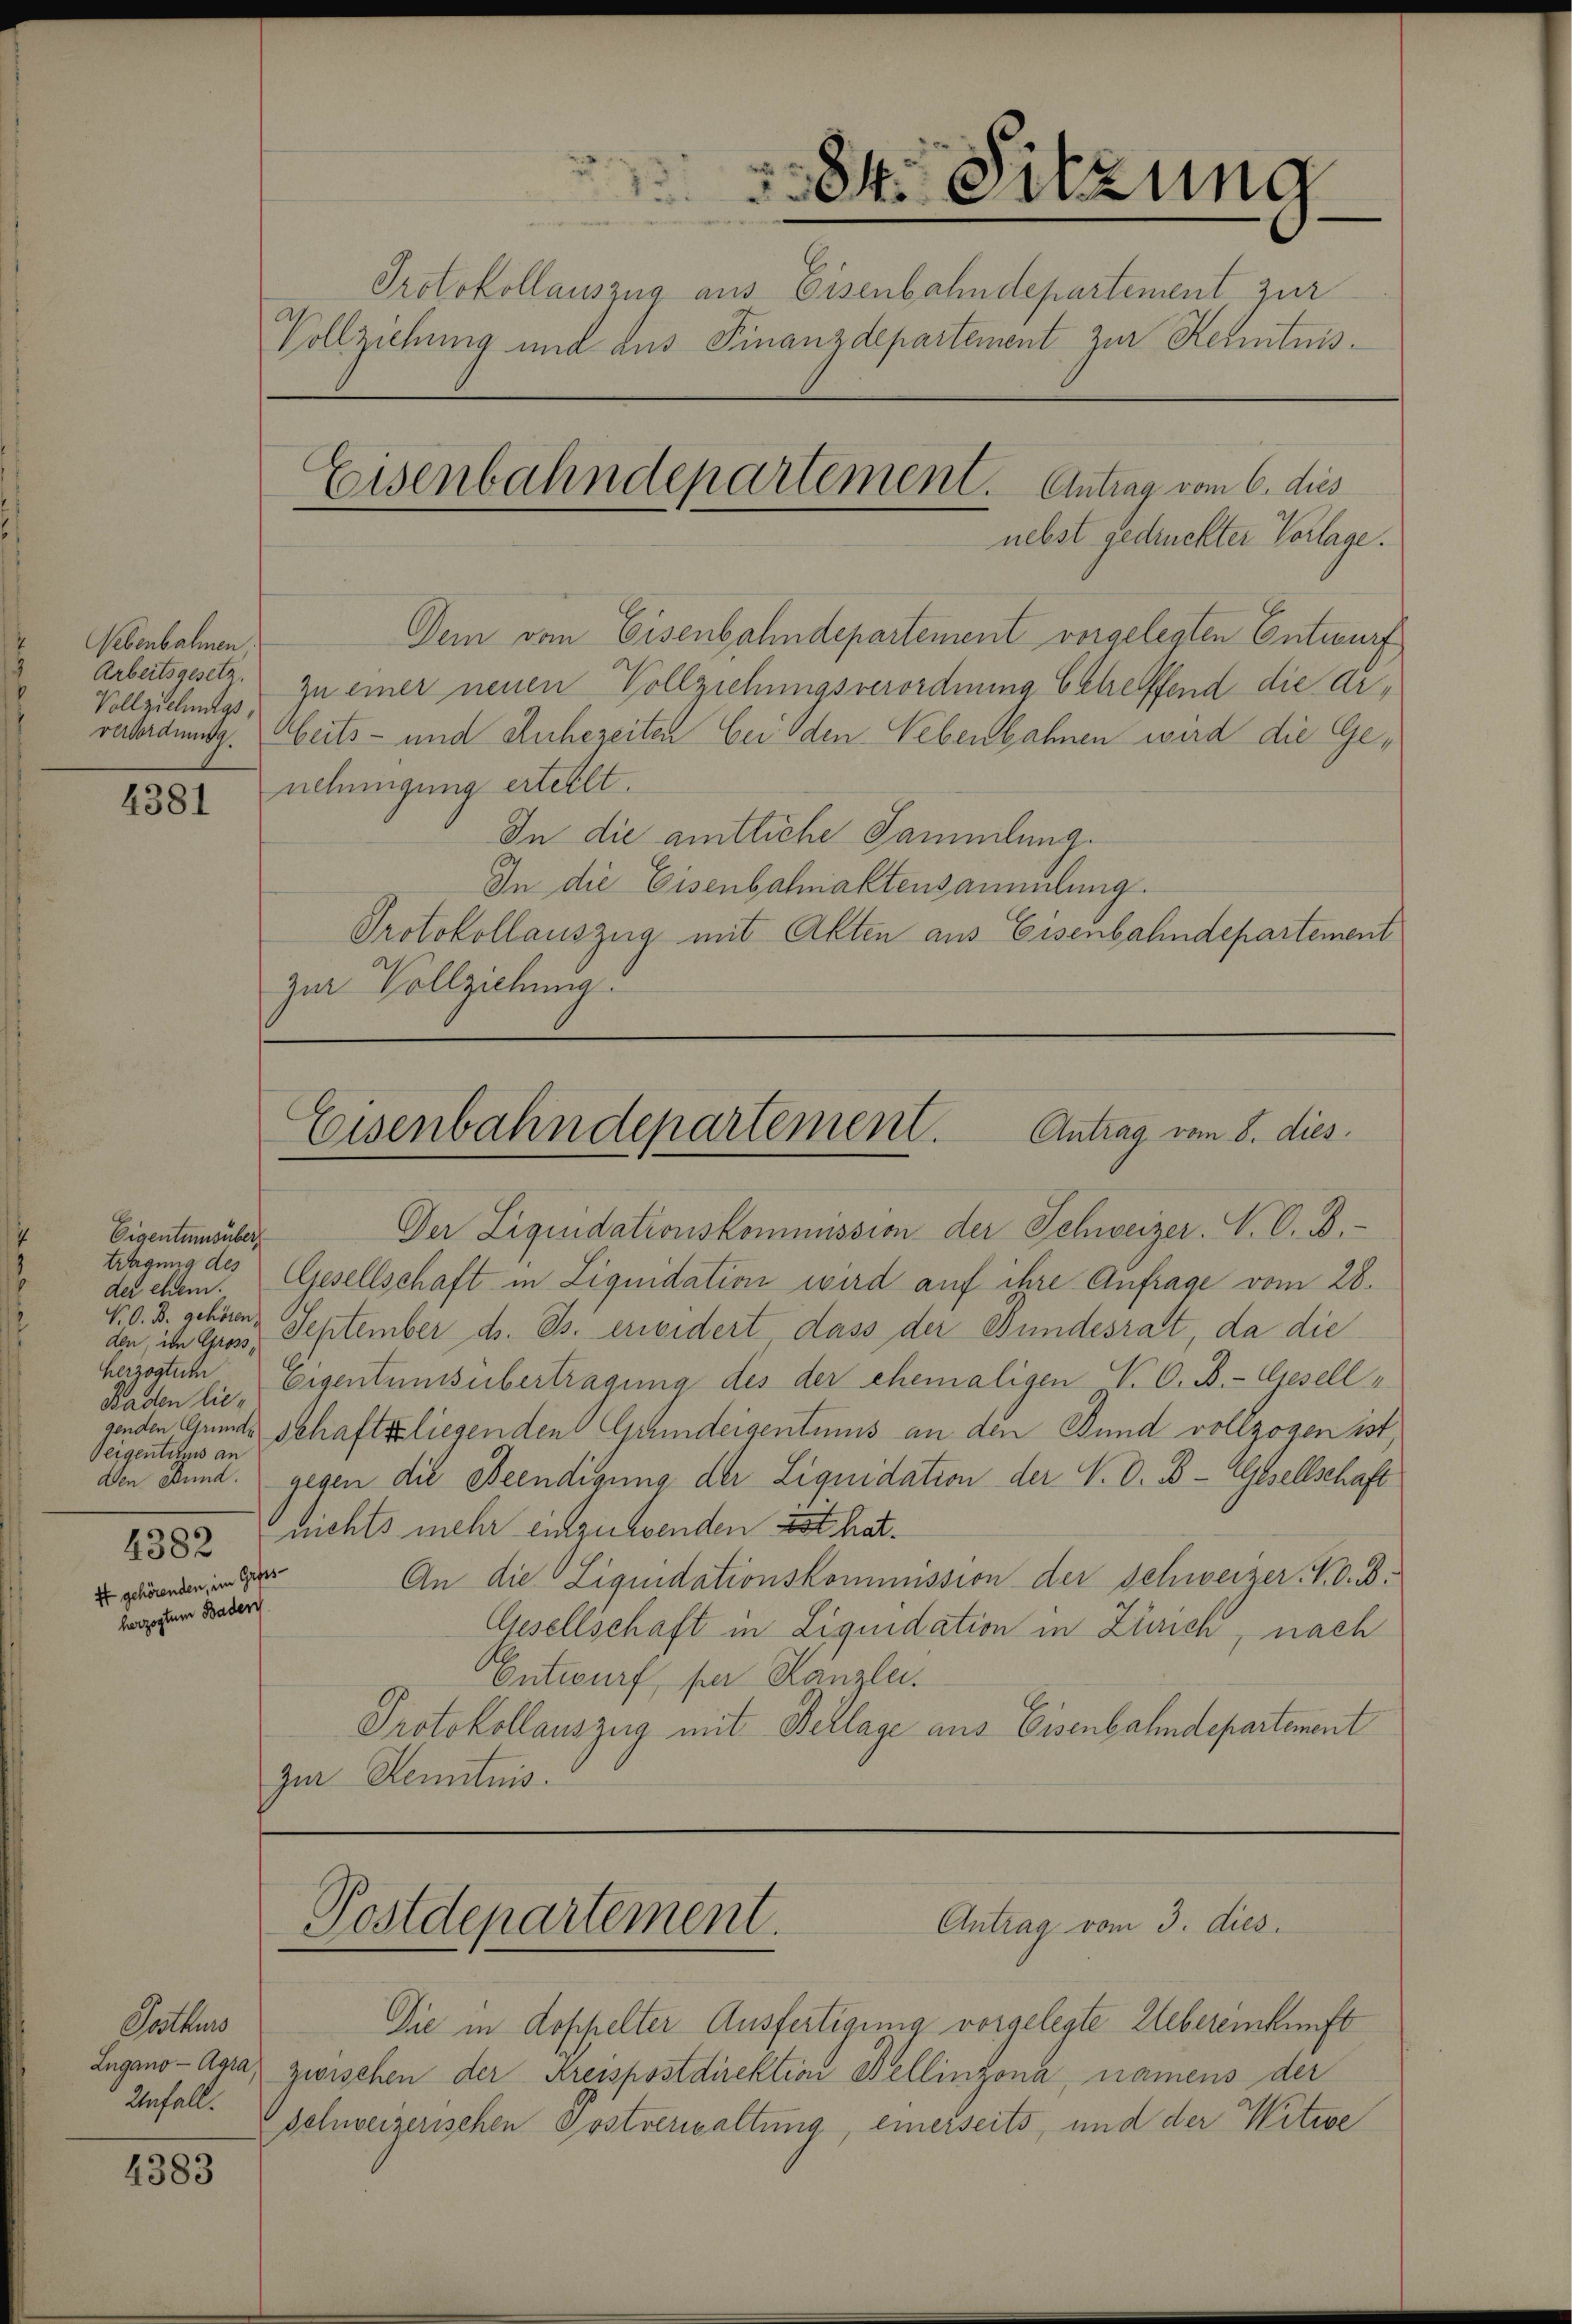
Nebenbahnen.
Arbeitsgesetz.
Vollziehungs,

4381

84. Sitzung
Protokollauszug aus Eisenbahndepartement zur
Vollziehung und aus Finanzdepartement zur Kenntnis¬
Eisenbahndepartement. Antrag vom 6. dies
nebst gedruckter Vorlage.

Eigentumsüber,
tragung des
den im Gross,
herzogtum
Baden lie¬
Seigentums an
it gelesenten, im Geser
kargesten Bader

Athmo
Unfall.

4383

Dem von Eisenbahndepartement vorgelegten Entwurf
zu einer neuen Vollziehungsverordnung betreffend die Arvahrdung. beits- und Anhereiten bei den Nebenbahnen wird die Genehmigung ertellt.
In die amtliche Sammlung.
In die Eisenbahnaktensammlung.
Protokollauszug mit Akten aus Eisenbahndepartement
zur Vollziehung

Eisenbahndepartement. Antrag vom 8. dies

Postdepartement.
Antrag vom 3. dies

Der Liquidationskommission der Schweizer. N. O. B.
der ehem. Gesellschaft in Liquidation wird auf ihre Anfrage vom 28.
N.O. B. schönen September ds. Js. erwidert dass der Bundesrat da die
Eigentumsübertragung des der ehemaligen N. O. B.-Gesell
genden Grunde Schaftsliegenden Grundeigentums an den Bund vollzogen ist,
Den Bund. gegen die Beendigung der Liquidation der V. O. B.-Gesellschaft
1882 nichts mehr einzusenden ist hat.
An die Liquidationskommission der Schweizer N. O. B.
Gesellschaft in Liquidation in Zürich, nach
Entwurf per Kanzlei.
Protokollauszug mit Beklage aus Eisenbahndepartement
zur Kenntnis.

Die in doppelter Ausfertigung vorgelegte Uebereinkunft
Lugano - Agra, zwischen der Kreispostdirektion Bellinzona, namens der
Schweizerischen Postverwaltung, einerseits, und der Witwe